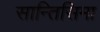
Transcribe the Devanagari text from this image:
सान्तिसिमा